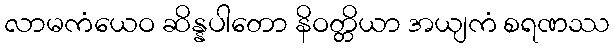
လာမကံယေဝ ဆိန္နပါတော နိဝတ္တိယာ အယျကံ စရဏဿ